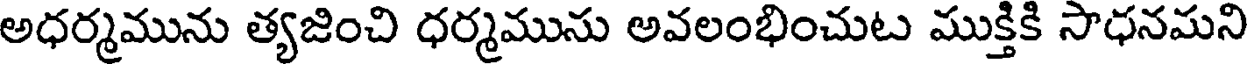
అధర్మమును త్యజించి ధర్మమును అవలంభించుట ముక్తికి సాధనమని